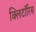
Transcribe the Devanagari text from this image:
क्लिटॉरिस